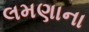
લમણાના